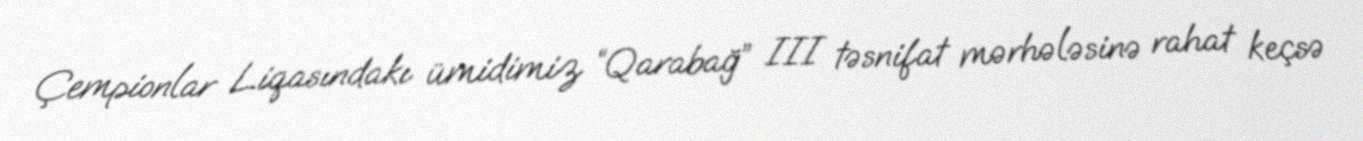
Çempionlar Liqasındakı ümidimiz “Qarabağ” III təsnifat mərhələsinə rahat keçsə